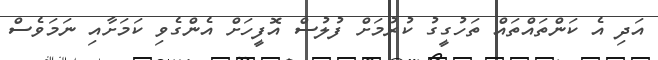
އަދި އެ ކަންތައްތައް ތަހުގީގު ކުރުމަށް ފުލުސް އޮފީހަށް އެންގެވި ކަމަށާއި ނަމަވެސް